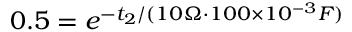
0 . 5 = e ^ { - t _ { 2 } / ( 1 0 \Omega \cdot 1 0 0 \times 1 0 ^ { - 3 } F ) }